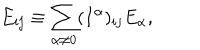
LaTeX: E _ { i j } \equiv \sum _ { \alpha \neq 0 } ( I ^ { \alpha } ) _ { i j } E _ { \alpha } ,